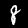
Digit: 8